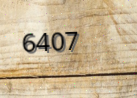
6407